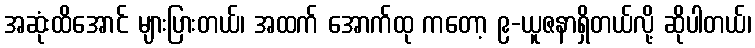
အဆုံးထိအောင် များပြားတယ်၊ အထက် အောက်ထု ကတော့ ၉-ယူဇနာရှိတယ်လို့ ဆိုပါတယ်၊